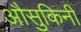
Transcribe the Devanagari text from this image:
औसुकिनी